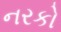
નરકો